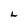
Character: L